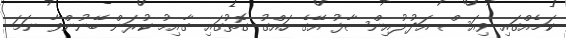
ކަމެއްގައި ވިއަސް އަދުލުއިންސާފު އޭގެ ހައްގު ގޮތުގައި ގާއިމު ކުރަން ބޭނުންވާ ނަމަ